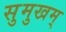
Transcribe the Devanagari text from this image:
सुमुखम्